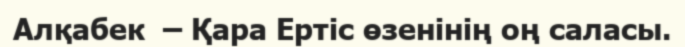
Алқабек  – Қара Ертіс өзенінің оң саласы.